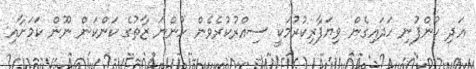
އަދި ކުންފުނި ހަދައިގެން ވިޔަފާރިކުރުމަކީ ސިއްރުކުރެވެން ހުންނަ ޒާތުގެ ކަންކަން ނޫން ކަމަށާއި